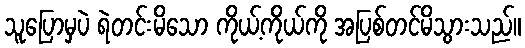
သူပြောမှပဲ ရဲတင်းမိသော ကိုယ့်ကိုယ်ကို အပြစ်တင်မိသွားသည်။